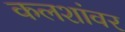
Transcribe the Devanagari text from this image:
कलशांवर